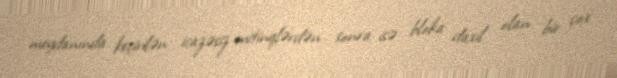
meydanında keçirilən icazəsiz mitinqlərdən sonra isə bloka daxil olan bir çox